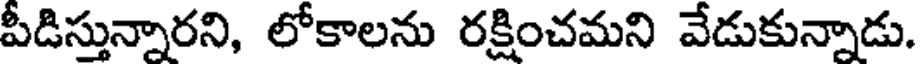
పీడిస్తున్నారని, లోకాలను రక్షించమని వేడుకున్నాడు.